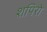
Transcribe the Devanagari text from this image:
शपिरो